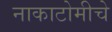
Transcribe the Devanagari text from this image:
नाकाटोमीचे